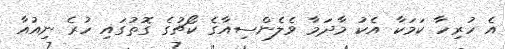
އެ ހުރިހާ ކަމަކާ އެކު މާދަމާ ވެލެންސިއާގެ ކޯޗުގެ ގޮތުގައި ހުރެ ނިއުއާ